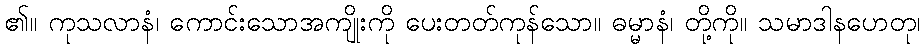
၏။ ကုသလာနံ၊ ကောင်းသောအကျိုးကို ပေးတတ်ကုန်သော။ ဓမ္မာနံ၊ တို့ကို။ သမာဒါနဟေတု၊